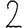
Digit: 2